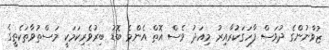
ޒުވާނުންގެ ދުވަސް ފާހަގަކުރާއިރު މިއަދު ވެސް އޮތް އެންމެ ބޮޑު ބިރުވެރިކަމަކީ މަސްތުވާތަކެތީގެ